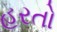
હરતો